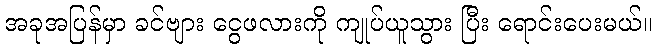
အခုအပြန်မှာ ခင်ဗျား ငွေဖလားကို ကျုပ်ယူသွား ပြီး ရောင်းပေးမယ်။